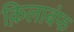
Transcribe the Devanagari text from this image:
क़िलाबंफ